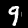
Label: 9